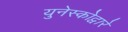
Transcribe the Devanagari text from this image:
युनेस्कोद्वारे